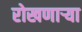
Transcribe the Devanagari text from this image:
रोखणाऱ्या